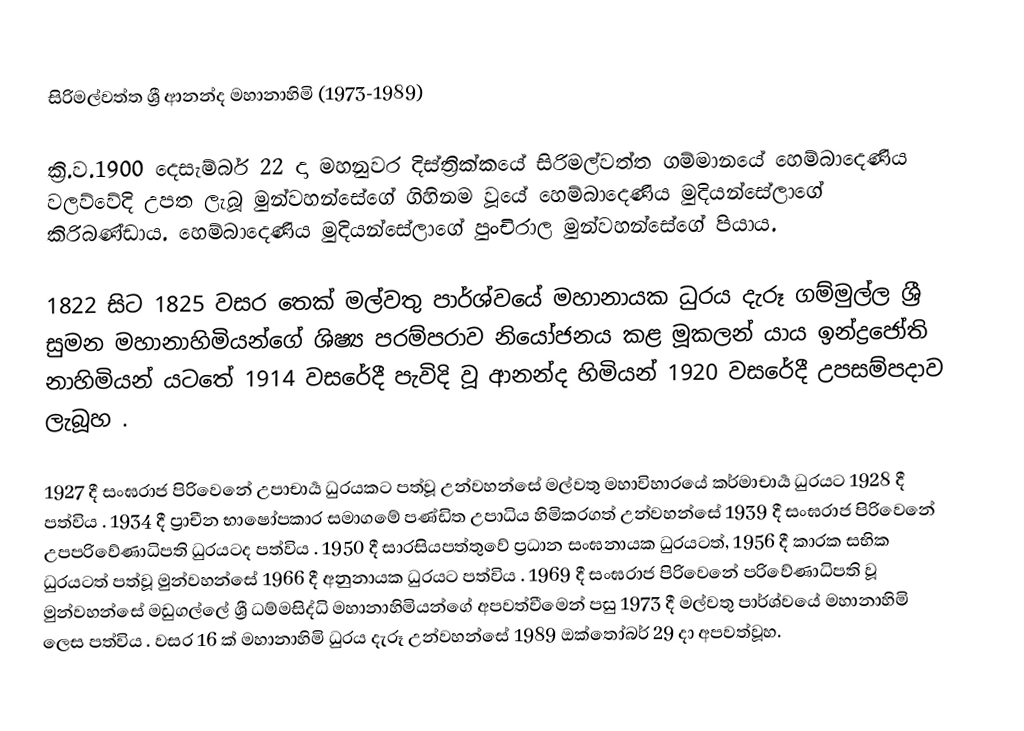
සිරිමල්වත්ත ශ්‍රී ආනන්ද මහානාහිමි (1973-1989)

ක්‍රි.ව.1900 දෙසැම්බර් 22 දා මහනුවර දිස්ත්‍රික්කයේ සිරිමල්වත්ත ගම්මානයේ හෙම්බාදෙණිය වලව්වේදි උපත ලැබූ මුන්වහන්සේගේ ගිහිනම වූයේ හෙම්බාදෙණිය මුදියන්සේලාගේ කිරිබණ්ඩාය. හෙම්බාදෙණිය මුදියන්සේලාගේ පුංචිරාල මුන්වහන්සේගේ පියාය.

1822 සිට 1825 වසර තෙක් මල්වතු  පාර්ශ්වයේ මහානායක ධුරය දැරූ ගම්මුල්ල ශ්‍රී සුමන මහානාහිමියන්ගේ ශිෂ්‍ය පරම්පරාව නියෝජනය කළ මූකලන්‍ යාය ඉන්ද්‍රජෝති නාහිමියන් යටතේ 1914 වසරේදී පැවිදි වූ ආනන්ද හිමියන් 1920 වසරේදී උපසම්පදාව ලැබූහ .

1927 දී සංඝරාජ පිරිවෙනේ උපාචාර්‍ය ධුරයකට පත්වූ උන්වහන්සේ මල්වතු මහාවිහාරයේ කර්මාචාර්‍ය ධුරයට 1928 දී පත්විය . 1934 දී ප්‍රාචීන භාෂෝපකාර සමාගමේ පණ්ඩිත උපාධිය හිමිකරගත් උන්වහන්සේ 1939 දී සංඝරාජ පිරිවෙනේ උපපරිවේණාධිපති ධුරයටද පත්විය . 1950 දී සාරසියපත්තුවේ ප්‍රධාන සංඝනායක ධුරයටත්, 1956 දී කාරක සභික ධුරයටත් පත්වූ මුන්වහන්සේ 1966 දී අනුනායක ධුරයට පත්විය . 1969 දී සංඝරාජ පිරිවෙනේ පරිවේණාධිපති වූ මුන්වහන්සේ මඩුගල්ලේ ශ්‍රී ධම්මසිද්ධි මහානාහිමියන්ගේ අපවත්වීමෙන් පසු 1973 දී මල්වතු පාර්ශ්වයේ මහානාහිමි ලෙස පත්විය . වසර 16 ක් මහානාහිමි ධුරය දැරූ උන්වහන්සේ 1989 ඔක්තෝබර් 29 දා  අපවත්වූහ.